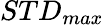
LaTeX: STD_{max}